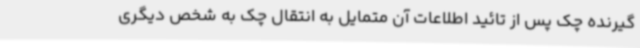
گیرنده چک پس از تائید اطلاعات آن متمایل به انتقال چک به شخص دیگری